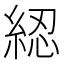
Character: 綛